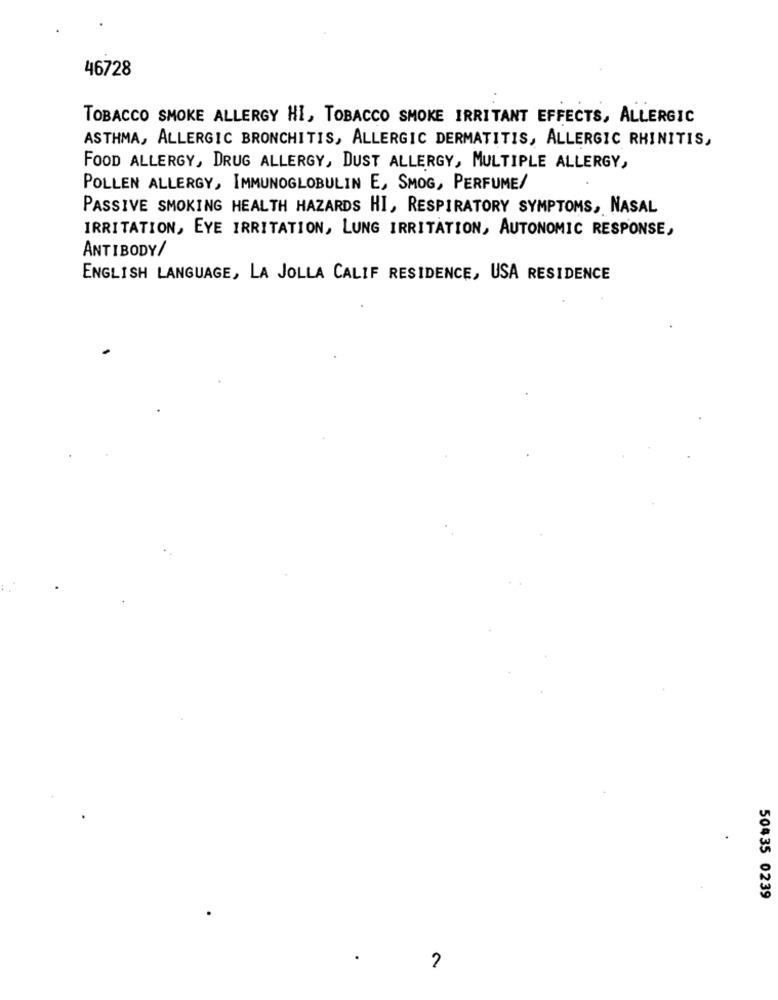
46728
TOBACCO SMOKE ALLERGY HI, TOBACCO SMOKE IRRITANT EFFECTS, ALLERGIC
ASTHMA, ALLERGIC BRONCHITIS, ALLERGIC DERMATITIS, ALLERGIC RHINITIS,
FOOD ALLERGY, DRUG ALLERGY, DUST ALLERGY, MULTIPLE ALLERGY,
POLLEN ALLERGY, IMMUNOGLOBULIN E, SMOG, PERFUME/
PASSIVE SMOKING HEALTH HAZARDS HI, RESPIRATORY SYMPTOMS, NASAL
IRRITATION, EYE IRRITATION, LUNG IRRITATION, AUTONOMIC RESPONSE,
ANTIBODY/
ENGLISH LANGUAGE, LA JOLLA CALIF RESIDENCE, USA RESIDENCE
50435 0239
2